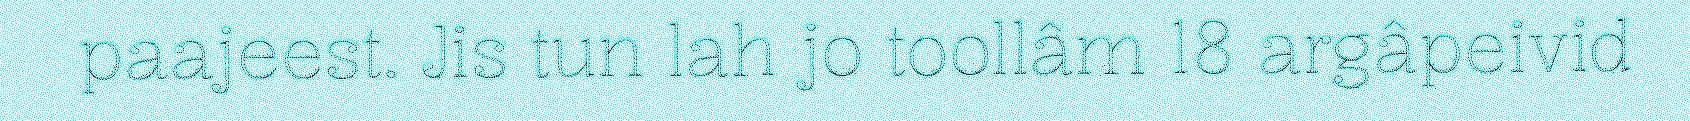
paajeest. Jis tun lah jo toollâm 18 argâpeivid